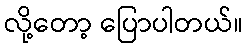
လို့တော့ ပြောပါတယ်။